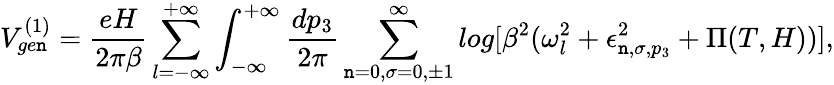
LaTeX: V_{ge\mathtt{n}}^{(1)}=\frac{{eH}}{{2\pi\beta}}\sum_{l=-\infty}^{+\infty}\int_{-\infty}^{+\infty}\frac{{dp_{3}}}{{2\pi}}\sum_{\mathtt{n}=0,\sigma=0,\pm1}^{\infty}log[\beta^{2}(\omega_{l}^{2}+\epsilon_{\mathtt{n},\sigma,p_{3}}^{2}+\Pi(T,H))],